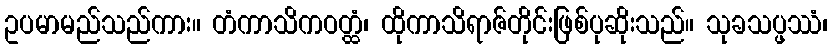
ဥပမာမည်သည်ကား။ တံကာသိကဝတ္ထံ၊ ထိုကာသိရာဇ်တိုင်းဖြစ်ပုဆိုးသည်။ သုခသပ္ဖဿံ၊